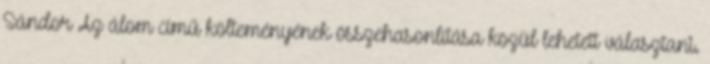
Sándor Az álom című költeményének összehasonlítása közül lehetett választani.